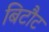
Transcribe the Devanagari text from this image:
बिटौट